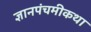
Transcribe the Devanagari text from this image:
ज्ञानपंचमीकथा